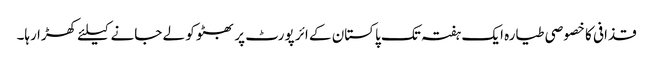
قذافی کا خصوصی طیارہ ایک ہفتہ تک پاکستان کے ائر پورٹ پر بھٹو کو لے جانے کیلئے کھڑا رہا۔